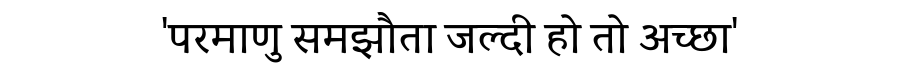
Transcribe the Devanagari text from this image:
'परमाणु समझौता जल्दी हो तो अच्छा'